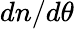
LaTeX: dn/d\theta